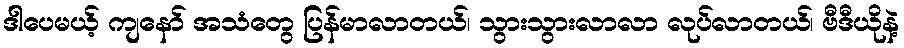
ဒါပေမယ့် ကျနော် အသံတွေ ပြန်မာလာတယ်၊ သွားသွားလာလာ လုပ်လာတယ်၊ ဗီဒီယိုနဲ့